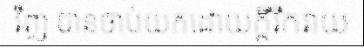
វិញ បានចាប់យកដោយក្តីរីករាយ